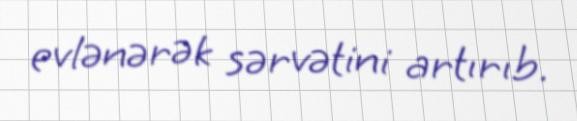
evlənərək sərvətini artırıb.